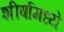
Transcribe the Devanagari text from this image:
शीर्षामध्ये